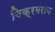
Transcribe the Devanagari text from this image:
विक्रमराय